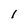
Character: I